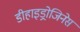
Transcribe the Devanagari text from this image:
डीहाइड्रोजिनेस